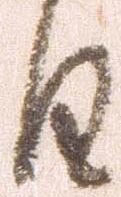
日